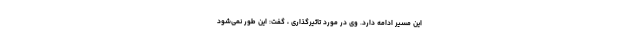
این مسیر ادامه دارد. وی در مورد تاثیرگذاری ، گفت: این طور نمی‌شود